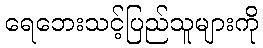
ရေဘေးသင့်ပြည်သူများကို